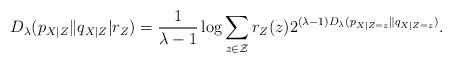
LaTeX: \begin{align*}D_\lambda(p_{X|Z}\|q_{X|Z}|r_Z) = \frac{1}{\lambda-1}\log\sum\limits_{z\in\mathcal{Z}} r_Z(z) 2^{(\lambda-1)D_\lambda (p_{X|Z=z}\| q_{X|Z=z})}.\end{align*}